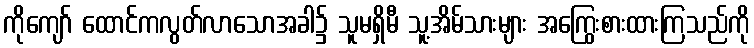
ကိုကျော် ထောင်ကလွတ်လာသောအခါ၌ သူမရှိမီ သူ့အိမ်သားများ အကြွေးစားထားကြသည်ကို